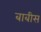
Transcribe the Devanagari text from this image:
बाबीस